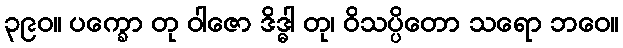
၃၉၀။ ပက္ခော တု ဝါဇော ဒိဒ္ဓါ တု၊ ဝိသပ္ပိတော သရော ဘဝေ။